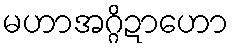
မဟာအဂ္ဂိဍာဟော